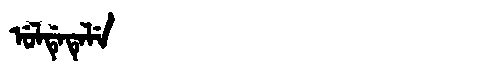
Manchu: ᡠᠯᡩᡝᡨᡝᠯᡝ
Romanization: ULDETELE